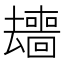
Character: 𱑰